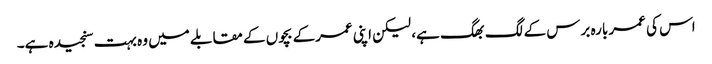
اس کی عمر بارہ برس کے لگ بھگ ہے، لیکن اپنی عمرکے بچوں کے مقابلے میں وہ بہت سنجیدہ ہے۔